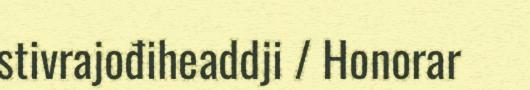
stivrajođiheaddji / Honorar